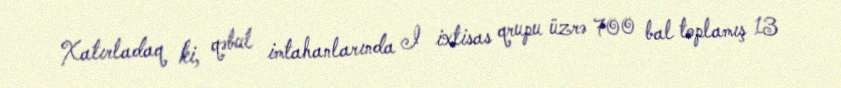
Xatırladaq ki, qəbul imtahanlarında I ixtisas qrupu üzrə 700 bal toplamış 13